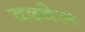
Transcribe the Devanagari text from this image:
चढवेल